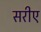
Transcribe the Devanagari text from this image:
सरीए